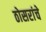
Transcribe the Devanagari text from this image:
ठोसरांचे